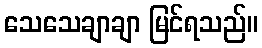
သေသေချာချာ မြင်ရသည်။